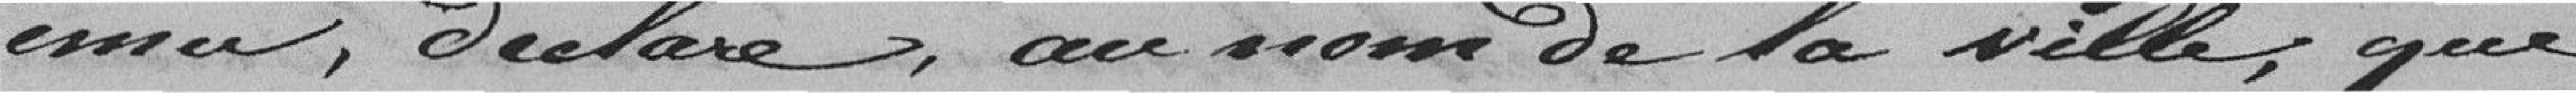
ému, déclare au nom de la Ville que